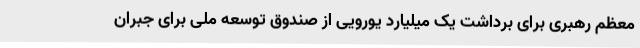
معظم رهبری برای برداشت یک میلیارد یورویی از صندوق توسعه ملی برای جبران